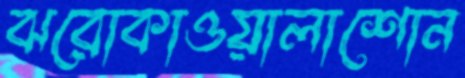
ঝরোকাওয়ালাশোন